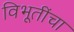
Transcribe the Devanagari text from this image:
विभूतींचा